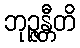
ဘုဉ္ဇန္တီတိ